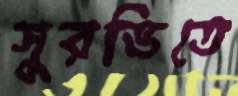
সুরভিতে